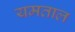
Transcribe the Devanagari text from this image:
यमताल